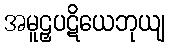
အမူဠှပဋိယေဘုယျ